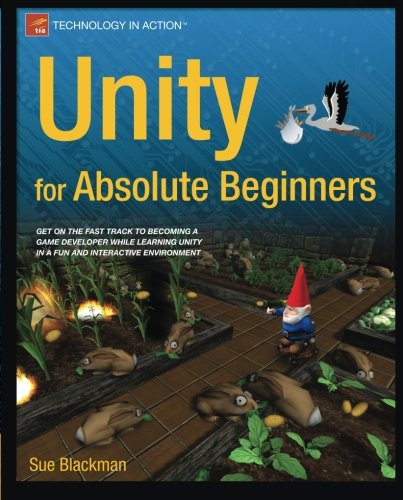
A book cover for Unity for Absolute Beginners; Sue Blackman; Computers & Technology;